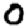
Digit: 0